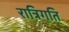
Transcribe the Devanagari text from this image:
रात्रिगति